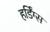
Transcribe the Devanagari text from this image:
हर्डिंग्स